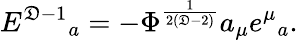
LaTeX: E^{\mathfrak{D}-1}{}_{a}=-\Phi^{\frac{{1}}{{2(\mathfrak{D}-2)}}}a_{\mu}e^{\mu}{}_{a}.